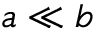
a \ll b